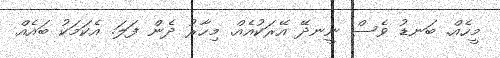
މީހެއް. ބަނޑު ވެސް ނީނދޭ އޭރަކުއެއް. މިހާރު ދެން ފަލަ. އެކަމަކު ބައެއް